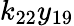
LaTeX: k_{22}y_{19}